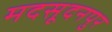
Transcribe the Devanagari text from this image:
मदसूदनपुर